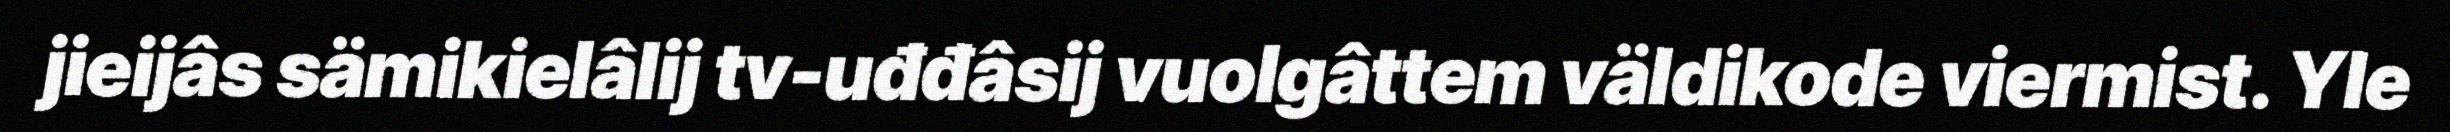
jieijâs sämikielâlij tv-uđđâsij vuolgâttem väldikode viermist. Yle